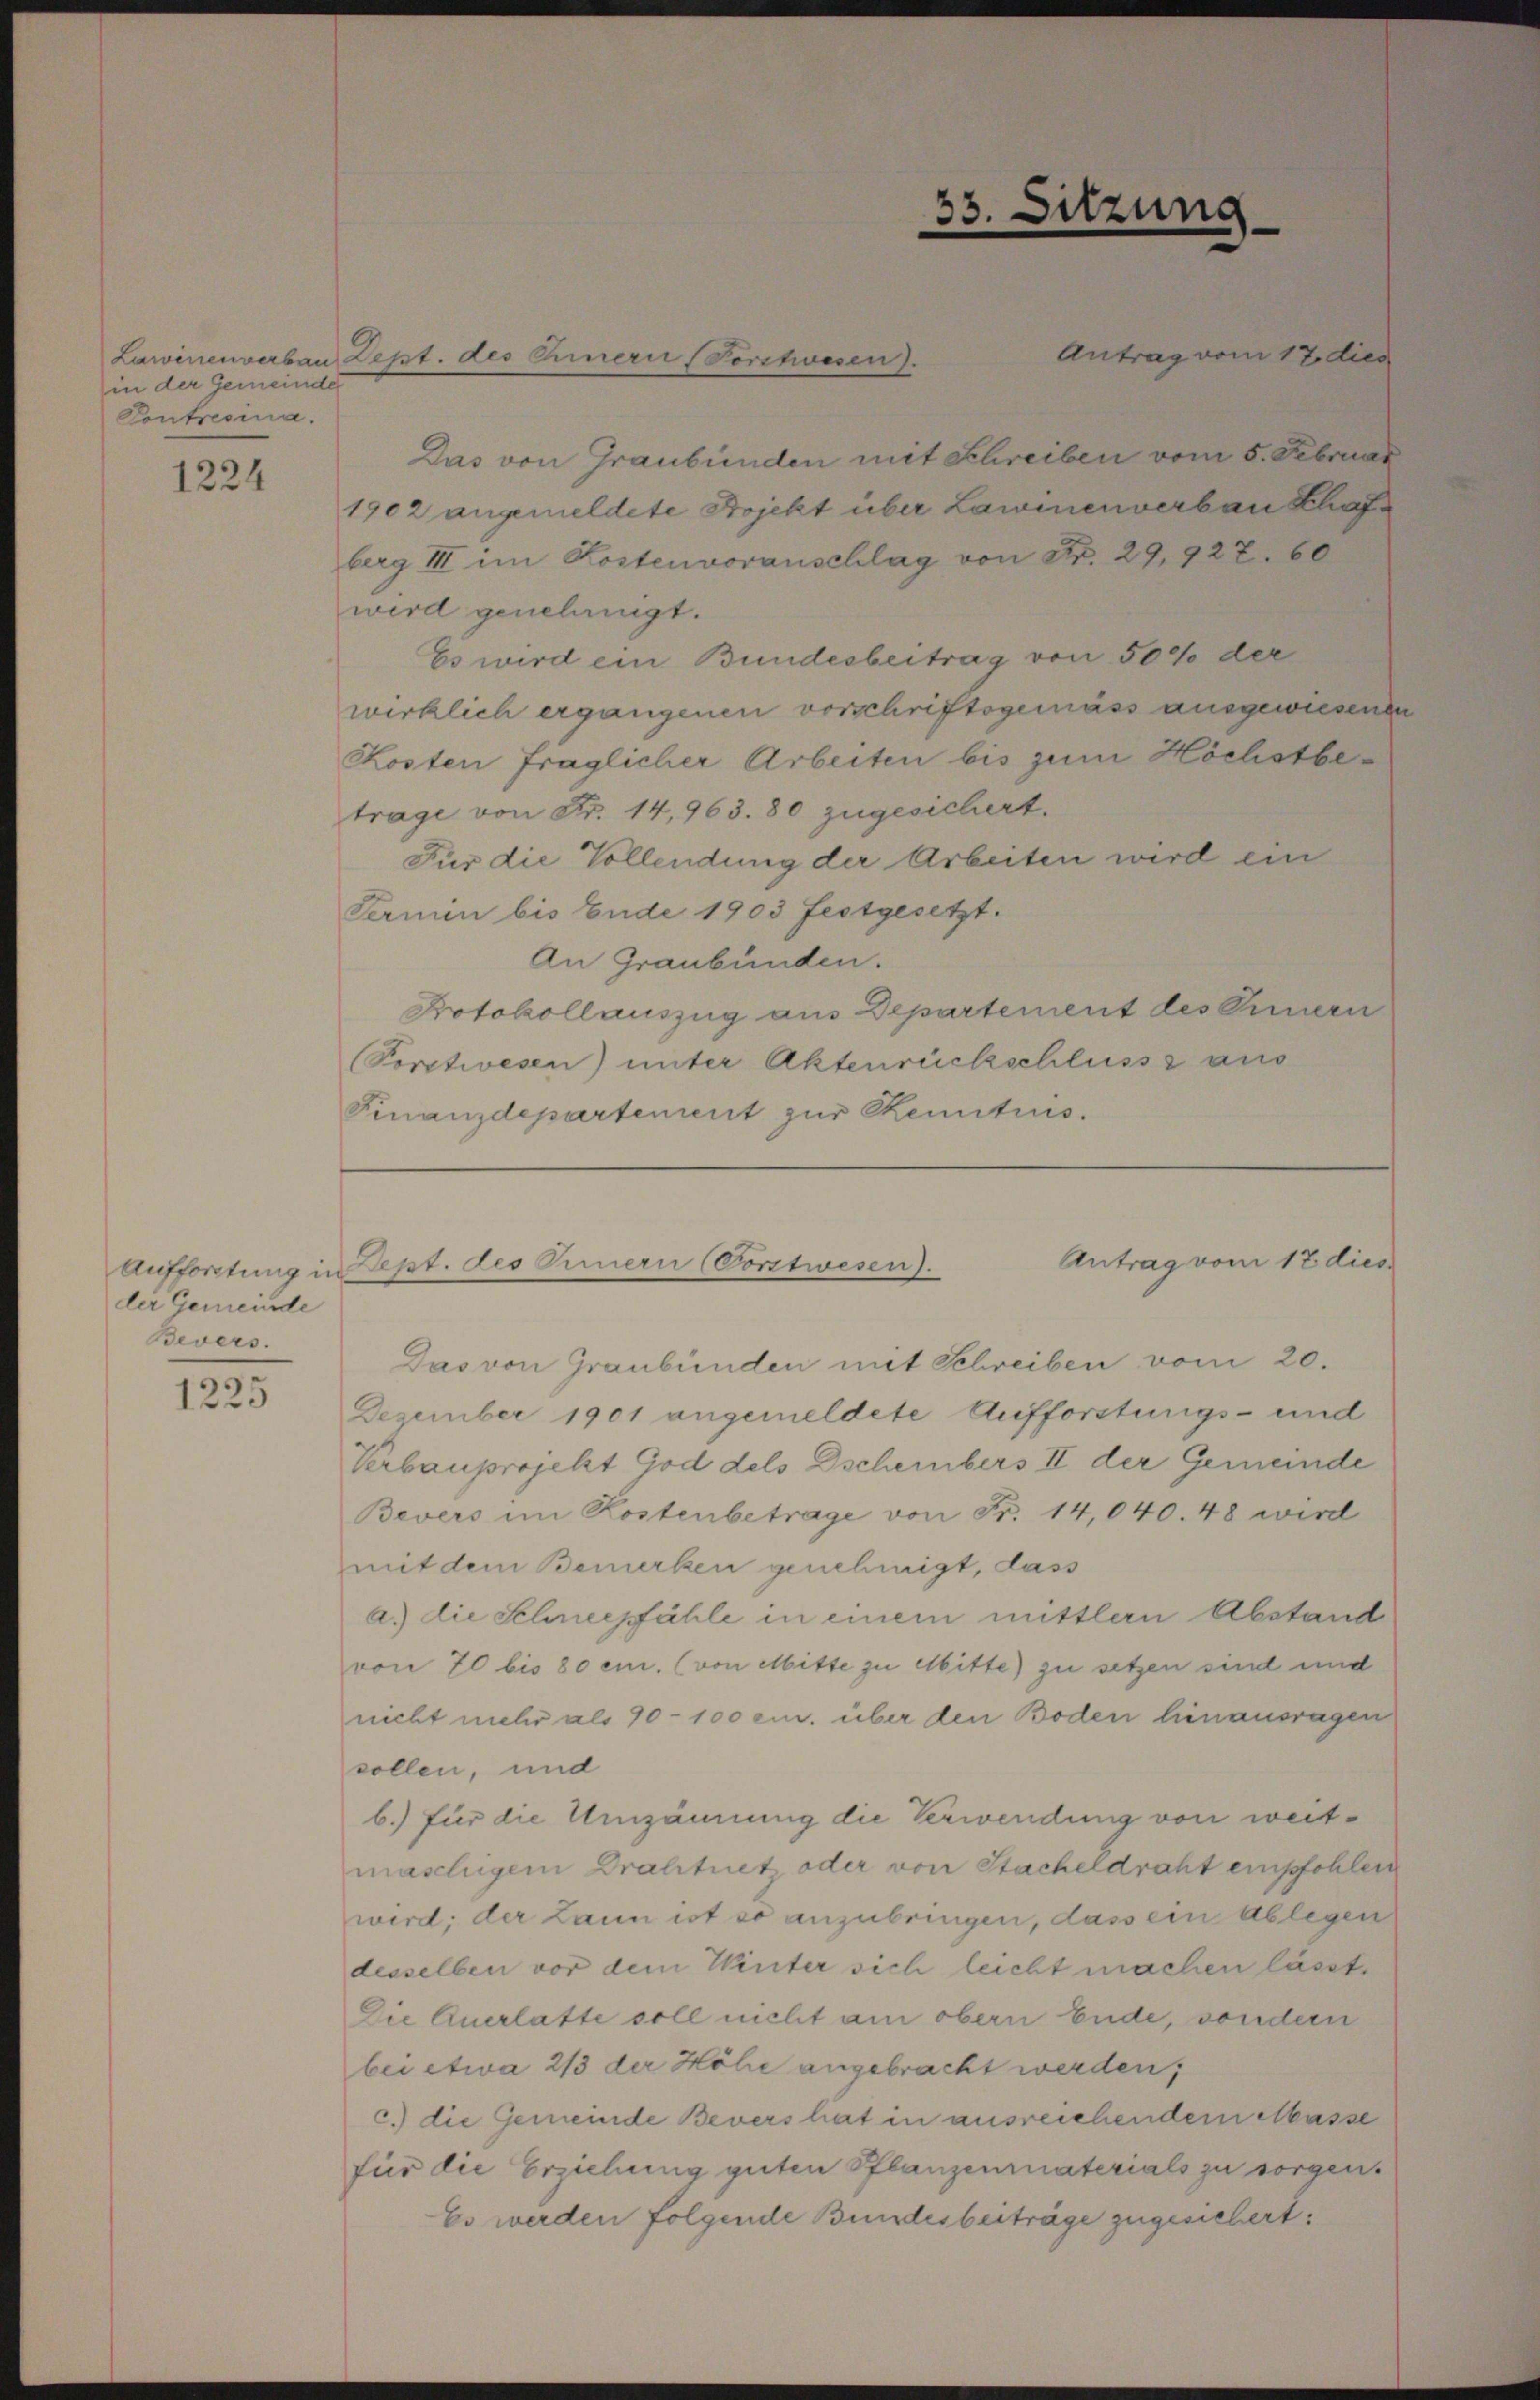
in der Gemeinde
Contresia.

1224

der Gemeinde
Bevers.

.
122

Das von Graubünden mit Schreiben vom 5. Februar
1902 angemeldete Projekt über Lawinenverbau Klafberg III im Kostenvoranschlag von Fr. 29,922. 60
wird genehmigt.
Es wird ein Bundesbeitrag von 50% der
wirklich ergangenen vorschriftsgemäss ausgewiesenen
Kosten fraglicher Arbeiten bis zum Höchstbetrage von Fr. 14,963. 80 zugesichert.
Für die Vollendung der Arbeiten wird ein
Termin bis Ende 1903 festgesetzt.
An Graubünden.
Protokollauszug aus Departement des Innern
Porstwesen) unter Aktenrückschlusss aus
Finanzdepartement zur Kenntnis.

Lawinenverbau Zept. des Einerii (Porstwesen.

33. Sitzung

Antrag vom 17. dies

Das von Graubünden mit Schreiben vom 20.
Dezember 1901 angemeldete Aufforstungs- und
Verbauprojekt God dels Dscheibers II der Gemeinde
Bevers im Kostenbetrage von Fr. 14,040. 48 wird
mit dem Bemerken genehmigt, dass
a.) die Schneepfähle in einem mittlern Abstand
von 70 bis 80 cm. (von Misse zu Mitte) zu setzen sind und
nicht mehr als 90-100 cm. über den Boden hinausragen
sollen, und
b.) für die Umzäunung die Verwendung von weitmaschigem Drahtnetz oder von Stacheldraht empfohlen
wird; der Laun ist so anzubringen, dass ein Ablegen
desselben vor dem Winter sich leicht machen lässt,
Die Querlasse soll nicht am obern Ende, sondern
bei etwa 2/3 der Höhe angebracht werden,
c.) die Gemeinde Bevers hat in ausreichendem Masse
für die Erziehung guten Pflanzenmaterials zu sorgen.
Es werden folgende Bundesbeiträge zugesichert:

Antrag vom 17. dies
Aufforstung in Dept. des Innern (Vorstwesen).